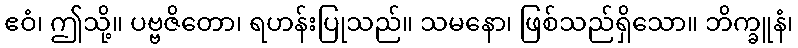
ဧဝံ၊ ဤသို့။ ပဗ္ဗဇိတော၊ ရဟန်းပြုသည်။ သမနော၊ ဖြစ်သည်ရှိသော။ ဘိက္ခူနံ၊